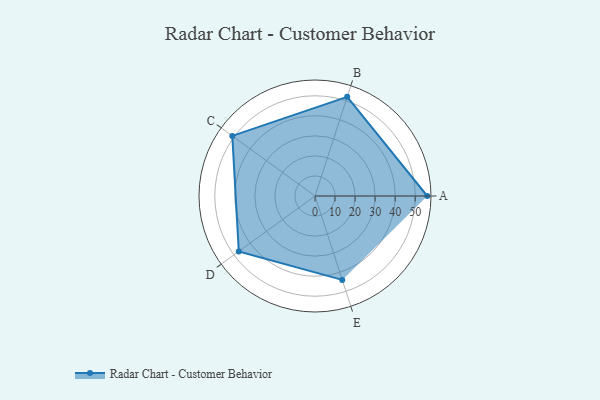
{"axis": {"x": "Skill", "y": "Score"}, "legend": ["Profile"], "data": [{"x": "A", "y": 56.0, "type": "Profile"}, {"x": "B", "y": 52.0, "type": "Profile"}, {"x": "C", "y": 51.0, "type": "Profile"}, {"x": "D", "y": 47.0, "type": "Profile"}, {"x": "E", "y": 44.0, "type": "Profile"}]}